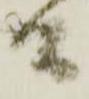
間